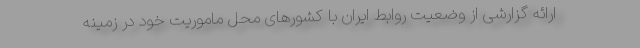
ارائه گزارشی از وضعیت روابط ایران با کشورهای محل ماموریت خود در زمینه